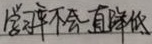
学习率不会一直降低